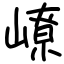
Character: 嶛